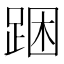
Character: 𨁉